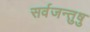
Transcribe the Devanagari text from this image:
सर्वजन्तुषु